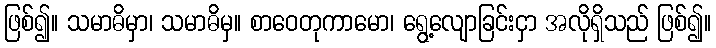
ဖြစ်၍။ သမာဓိမှာ၊ သမာဓိမှ။ စာဝေတုကာမော၊ ရွေ့လျောခြင်းငှာ အလိုရှိသည် ဖြစ်၍။